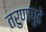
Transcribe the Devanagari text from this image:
तरुणांपुढे